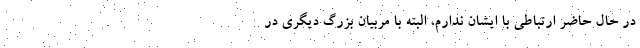
در حال حاضر ارتباطی با ایشان ندارم، البته با مربیان بزرگ دیگری در